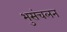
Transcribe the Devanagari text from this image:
भुसंचलन